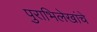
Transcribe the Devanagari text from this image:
पुराभिलेखांचे